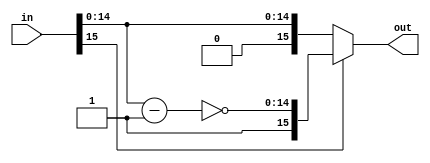
module inv_two(
  input [15:0] in,
  output [15:0] out
);

  reg [14:0] x;
  reg [15:0] out;

  always @* begin
    if (in[15] == 1) begin
      x = in - 1;
      out <= {1'b1, ~x};
    end
    else begin
      out <= in;
    end
  end

endmodule